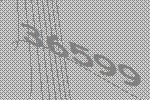
36599